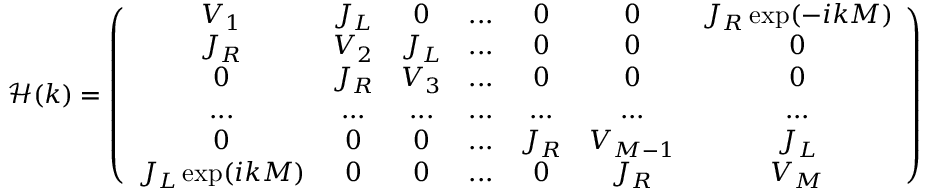
\mathcal { H } ( k ) = \left( \begin{array} { c c c c c c c } { V _ { 1 } } & { J _ { L } } & { 0 } & { . . . } & { 0 } & { 0 } & { J _ { R } \exp ( - i k M ) } \\ { J _ { R } } & { V _ { 2 } } & { J _ { L } } & { . . . } & { 0 } & { 0 } & { 0 } \\ { 0 } & { J _ { R } } & { V _ { 3 } } & { . . . } & { 0 } & { 0 } & { 0 } \\ { . . . } & { . . . } & { . . . } & { . . . } & { . . . } & { . . . } & { . . . } \\ { 0 } & { 0 } & { 0 } & { . . . } & { J _ { R } } & { V _ { M - 1 } } & { J _ { L } } \\ { J _ { L } \exp ( i k M ) } & { 0 } & { 0 } & { . . . } & { 0 } & { J _ { R } } & { V _ { M } } \end{array} \right)